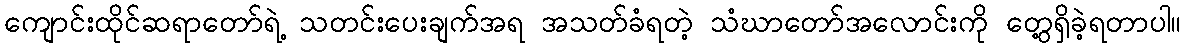
ကျောင်းထိုင်ဆရာတော်ရဲ့ သတင်းပေးချက်အရ အသတ်ခံရတဲ့ သံဃာတော်အလောင်းကို တွေ့ရှိခဲ့ရတာပါ။